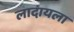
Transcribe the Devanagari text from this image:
लादायला